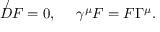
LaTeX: { \not D } { \cal F } = 0 , ~ ~ ~ ~ \gamma ^ { \mu } { \cal F } = { \cal F } \Gamma ^ { \mu } .